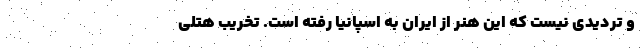
و تردیدی نیست که این هنر از ایران به اسپانیا رفته است. تخریب هتلی